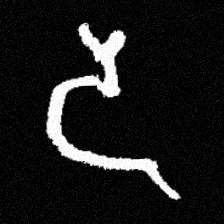
Pyu character \u2014 Myanmar letter: ဒ (romanized: da)